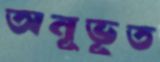
অনূভূত